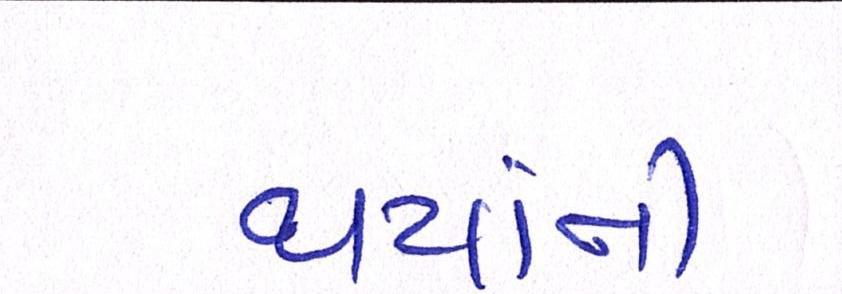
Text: થયાંની